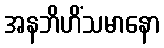
အနဘိဟိံသမာနော